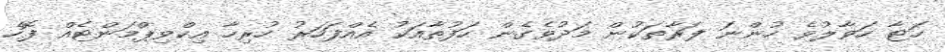
ހަޓާ ހަވާލުވެ ހުންނަ ފަރާތަކުން މަދުވެގެން ހަފުތާއަކު އެއްފަހަރު ހުރިހާ އިކްވިޕްމަންޓެއް ފޮހެ